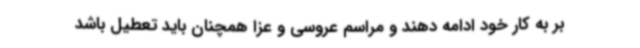
بر به کار خود ادامه دهند و مراسم عروسی و عزا همچنان باید تعطیل باشد